Senior Leaving Certificate Examination (including Day School Certificate (Higher) General paper), 1948
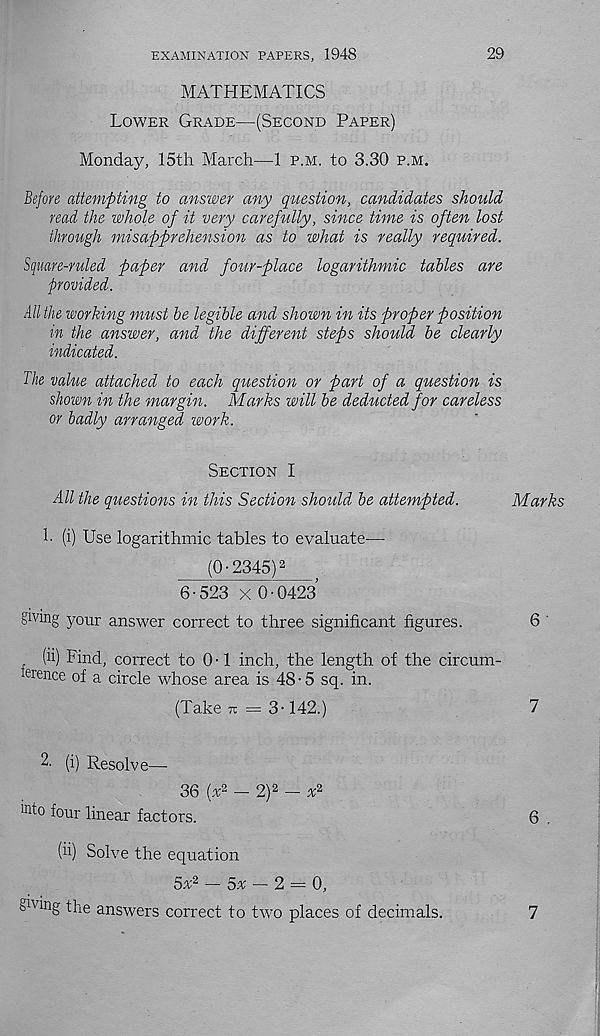
EXAMINATION PAPERS, 1948
29
MATHEMATICS
Lower Grade—(Second Paper)
Monday, 15th March—1 p.m. to 3.30 p.m.
Before attempting to answer any question, candidates should
read the whole of it very carefully, since time is often lost
through misapprehension as to what is really required.
Square-ruled paper and four-place logarithmic tables are
provided.
All the working must be legible and shown in its proper position
in the answer, and the different steps should be clearly
indicated.
The value attached to each question or part of a question is
shown in the margin. Marks will be deducted for careless
or badly arranged work.
Section I
All the questions in this Section should be attempted.
h (i) Use logarithmic tables to evaluate—
(0-2345) 2
6-523 x 0-0423
giving your answer correct to three significant figures.
(ii) Find, correct to 0 • 1 inch, the length of the circum-
teience of a circle whose area is 48-5 sq. in.
(Take tc = 3-142.)
2- (i) Resolve—
36 (a 2 - 2) 2 - a 2
int° foui' linear factors.
(ii) Solve the equation
5a 2 - 5* _ 2 = 0,
giving the answers correct to two places of decimals.
Marks
6
7
6 .
7